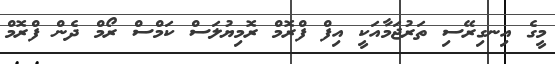
މީގެ އިނގިރޭސި ތަރުޖަމާއަކީ އިފް ފްރޮމް ރޮމިޔުލަސް ކަމްސް ރޯމް ދެން ފްރޮމް